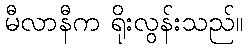
မီလာနီက ရိုးလွန်းသည်။